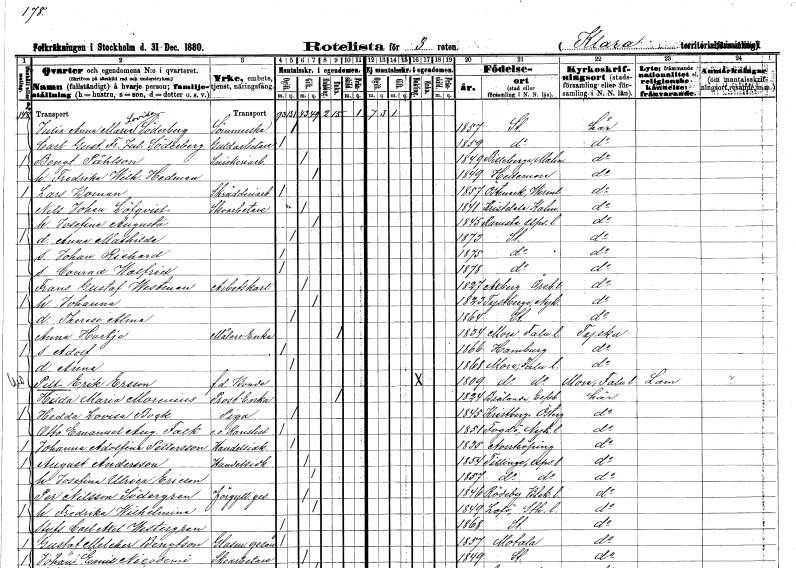
gt_parse: households: individuals: FN: Julia Anna Maria Lovisa
EN: Söderberg
YRKE: Sömmerska
KON: K
CIV: O
FODAR: 1857
FODFORS: Stockholm
FN: Carl Gustaf Fredrik Julius
EN: Söderberg
YRKE: Guldarbetare
KON: M
CIV: O
FODAR: 1859
FODFORS: Stockholm
FN: Bengt
EN: Påhlson
YRKE: Snickeriarbetare
KON: M
CIV: G
FODAR: 1849
FODFORS: Billeberga Malmöhus län
FN: Fredrika Wilhelmina
EN: Hedman
KON: K
CIV: G
FODAR: 1849
FODFORS: Hedemora Kopparbergs län
FN: Lars
EN: Boman
YRKE: Skrädderiarbetare
KON: M
CIV: O
FODAR: 1857
FODFORS: Östmark Värmlands län
FN: Nils Johan
EN: Löfqvist
YRKE: Skoarbetare
KON: M
CIV: G
FODAR: 1841
FODFORS: Kristdala Kalmar län
FN: Josefina Augusta
KON: K
CIV: G
FODAR: 1845
FODFORS: Ramsta Uppsala län
FN: Anna Mathilda
KON: K
CIV: O
FODAR: 1873
FODFORS: Stockholm
FN: Johan Richard
KON: M
CIV: O
FODAR: 1875
FODFORS: Stockholm
FN: Conrad Walfrid
KON: M
CIV: O
FODAR: 1878
FODFORS: Stockholm
FN: Frans Gustaf
EN: Westman
YRKE: Arbetskarl
KON: M
CIV: G
FODAR: 1827
FODFORS: Axberg Örebro län
FN: Johanna
KON: K
CIV: G
FODAR: 1823
FODFORS: Tystberga Södermanlands län
FN: Therese Alma
KON: K
CIV: O
FODAR: 1864
FODFORS: Stockholm
FN: Anna
EN: Hartje
YRKE: Målareänka
KON: K
CIV: E
FODAR: 1834
FODFORS: Mora Kopparbergs län
FN: Adolf
KON: M
CIV: O
FODAR: 1866
FN: Anna
KON: K
CIV: O
FODAR: 1868
FODFORS: Mora Kopparbergs län
FN: Pilt Erik
EN: Ersson
YRKE: Bonde f.d.
KON: M
CIV: E
FODAR: 1809
FODFORS: Mora Kopparbergs län
FN: Hilda Maria
EN: Morenius
YRKE: Prostänka
KON: K
CIV: E
FODAR: 1824
FODFORS: Brålanda Älvsborgs län
FN: Hedda Lovisa
EN: Bock
YRKE: Piga
KON: K
CIV: O
FODAR: 1845
FODFORS: Kristberg Östergötlands län
FN: Otto Emanuel August
EN: Falk
YRKE: Kanslist e.o.
KON: M
CIV: O
FODAR: 1851
FODFORS: Fogdö Södermanlands län
FN: Johanna Adolfina
EN: Pettersson
YRKE: Handelsidkare
KON: K
CIV: O
FODAR: 1835
FODFORS: Norrköping Östergötlands län
FN: August
EN: Andersson
YRKE: Handelsidkare
KON: M
CIV: G
FODAR: 1854
FODFORS: Tillinge Uppsala län
FN: Josefina Ulrica
EN: Ericson
KON: K
CIV: G
FODAR: 1857
FODFORS: Tillinge Uppsala län
FN: Per
EN: Nilsson Södergren
YRKE: Förgyllaregesäll
KON: M
CIV: G
FODAR: 1846
FODFORS: Rödeby Blekinge län
FN: Fredrika Wilhelmina
KON: K
CIV: G
FODAR: 1849
FODFORS: Lovö Stockholms län
FN: Carl Axel
EN: Westergren
KON: M
CIV: O
FODAR: 1868
FODFORS: Stockholm
FN: Gustaf Melcher
EN: Bengtson
YRKE: Glasmästaregesäll
KON: M
CIV: O
FODAR: 1857
FODFORS: Motala Östergötlands län
FN: Johan Emil
EN: Nicodemi
YRKE: Skoarbetare
KON: M
CIV: G
FODAR: 1849
FODFORS: Stockholm